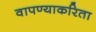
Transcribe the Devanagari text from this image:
वापण्‍याकरिता